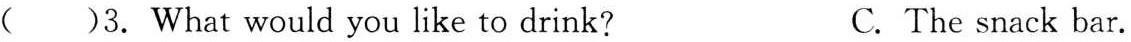
( )3. What would you like to drink? C. The snack bar.